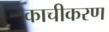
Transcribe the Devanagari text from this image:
काचीकरण